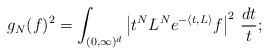
LaTeX: \begin{align*}g_N(f)^2=\int_{(0,\infty)^{d}}\left|t^NL^Ne^{-\langle t ,L\rangle }f\right|^2\,\frac{dt}{t};\end{align*}